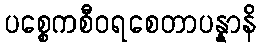
ပစ္စေကစီဝရစေတာပန္နာနိ